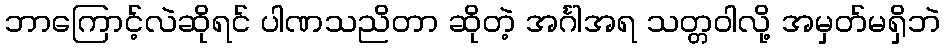
ဘာကြောင့်လဲဆိုရင် ပါဏသညိတာ ဆိုတဲ့ အင်္ဂါအရ သတ္တဝါလို့ အမှတ်မရှိဘဲ